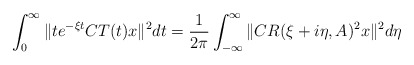
\begin{align*}\int_0^{\infty}\|t e^{-\xi t } CT(t) x\|^2 dt&=\frac{1}{2\pi}\int_{-\infty}^{\infty}\|C R(\xi +i\eta,A)^2 x\|^2 d\eta\end{align*}